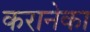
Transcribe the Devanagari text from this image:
करानेका